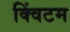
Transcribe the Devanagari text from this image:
क्विंटम